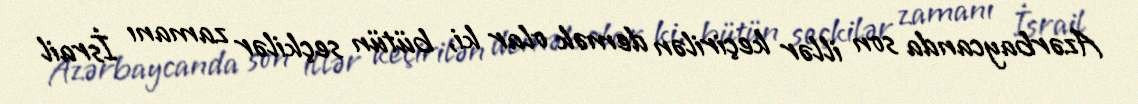
Azərbaycanda son illər keçirilən demək olar ki, bütün seçkilər zamanı İsrail